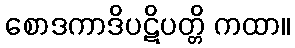
စောဒကာဒိပဋိပတ္တိ ကထာ။